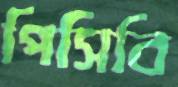
পিসিবি